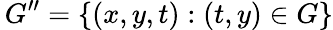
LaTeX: \, G^{\prime\prime}=\{ (x,y,t):(t,y)\in G\}